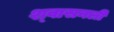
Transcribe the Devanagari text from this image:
श्‍वासनली